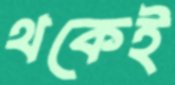
থকেই